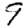
Digit: 9